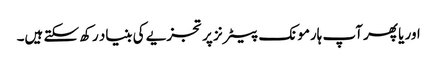
اور یا پھر آپ ہارمونک پیٹرنز پر تجزیے کی بنیاد رکھ سکتے ہیں۔